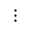
\vdots